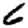
Digit: 6